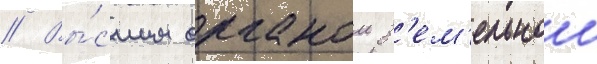
// Вы́сшим органом з'ем'ельнои